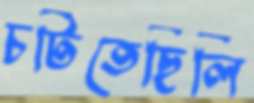
চটিতেছিলি